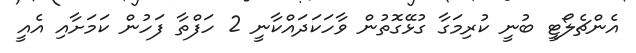
އެންޗެލޯޓީ ބުނީ ކުރިމަގާ ގުޅޭގޮތުން ވާހަކަދައްކާނީ 2 ހަފްތާ ފަހުން ކަމަށާއި އެއީ